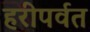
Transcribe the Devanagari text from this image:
हरीपर्वत